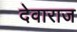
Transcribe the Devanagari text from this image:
देवाराज